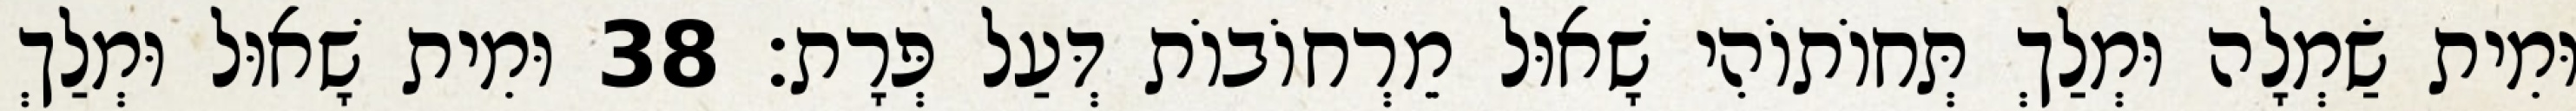
וּמִית שַׂמְלָה וּמְלַךְ תְּחוֹתוֹהִי שָׁאוּל מֵרְחוֹבוֹת דְּעַל פְּרָת׃ 38 וּמִית שָׁאוּל וּמְלַךְ